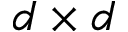
d \times d